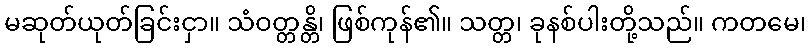
မဆုတ်ယုတ်ခြင်းငှာ။ သံဝတ္တန္တိ၊ ဖြစ်ကုန်၏။ သတ္တ၊ ခုနစ်ပါးတို့သည်။ ကတမေ၊